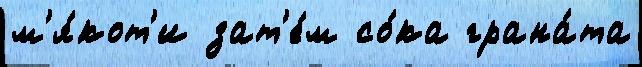
м'я́кот'и зат'е́м со́ка грана́та